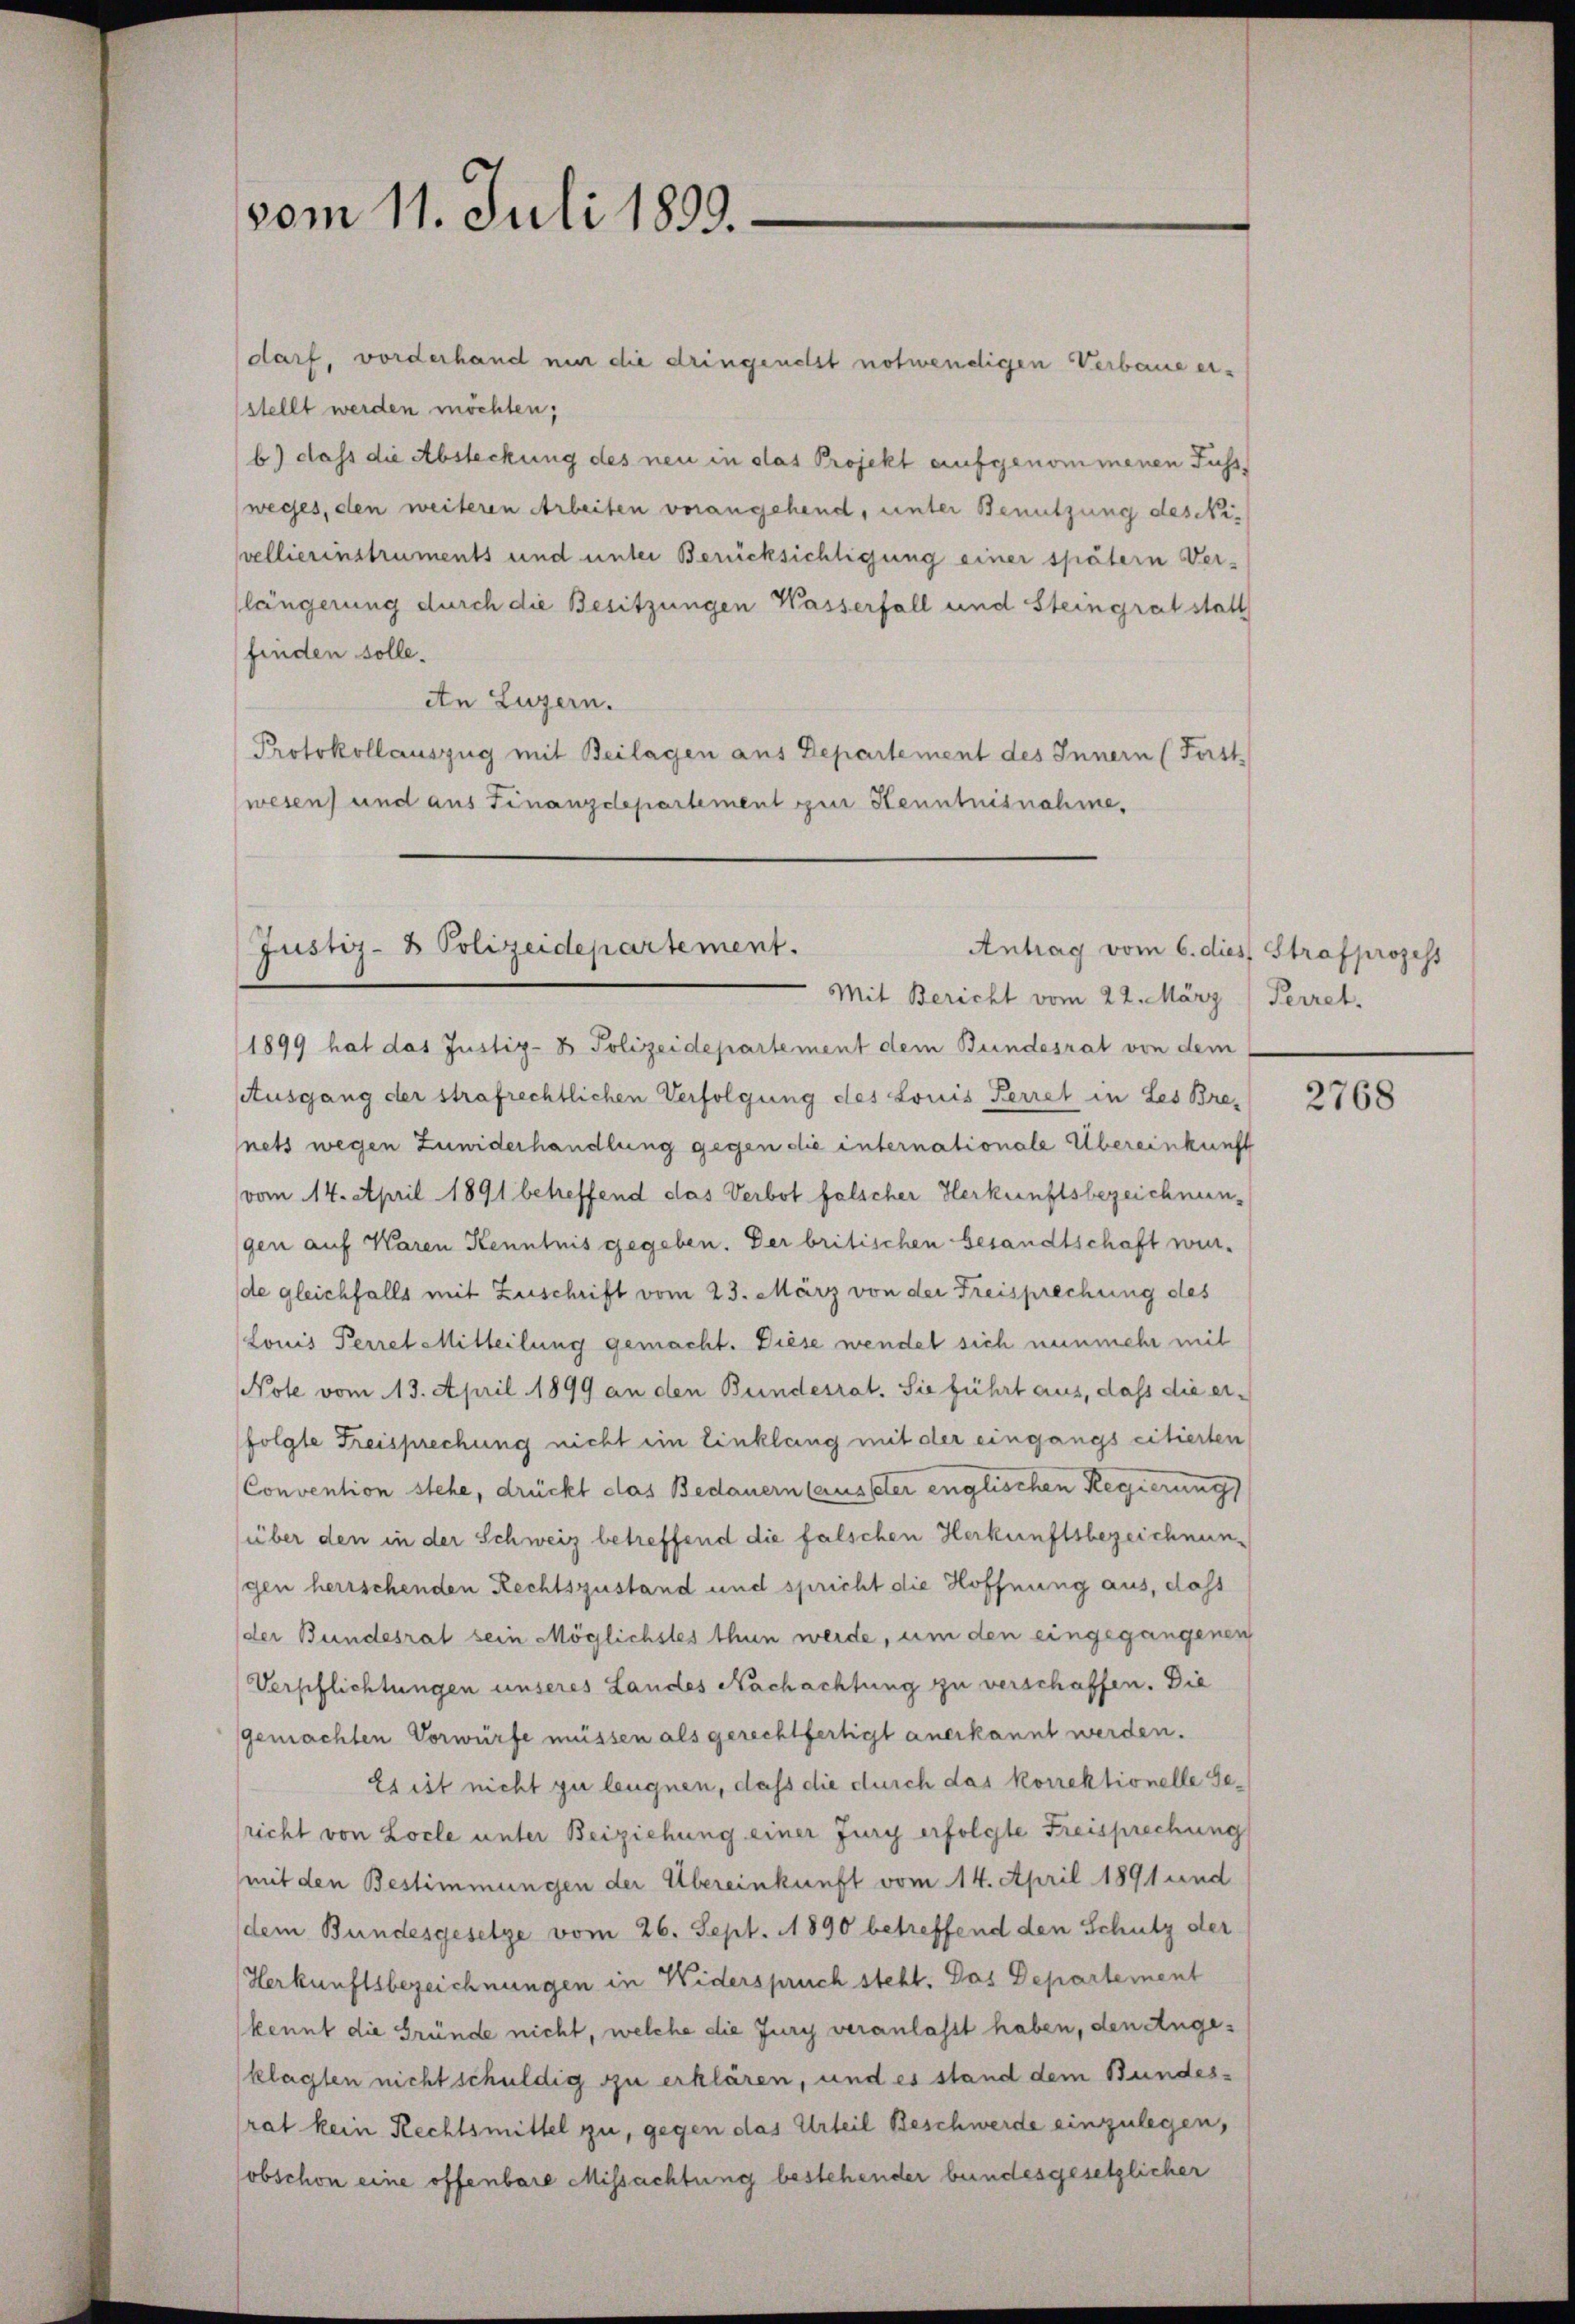
vom 11. Juli 1899.

darf, vorderhand nur die dringenelst notwendigen Verbaue er-
sstellt werden möchten;
b) dass die Absteckung des neu in das Projekt aufgenommenen Fussweges, den weiteren Arbeiten verangehend, unter Benutzung des Nivellierinstruments und unter Berücksichtigung einer spätern Verlängerung durch die Besitzungen Wasserfall und Steingrat statt
finden solle.
An Luzern.
Protokollauszug mit Beilagen aus Departement des Innern (Fortt
wesen und aus Finanzdepartement zur Kenntnisnahme,
1899 hat das Justiz- & Polizeidepartement dem Bundesrat von dem
Ausgang der strafrechtlichen Verfolgung des Louis Perret in Les Brenets wegen Zuwiderhandlung gegen die internationale Übereinkunft
vom 14. April 1891 betreffend das Verbot falscher Herkunftsbezeichnungen auf Waren Kenntnis gegeben. Der britischen Gesandtschaft wurde gleichfalls mit Zuschrift vom 23. März von der Freisprechung des
Louis Perret Mitteilung gemacht. Diese wendet sich nunmehr mit
Note vom 13. April 1899 an den Bundesrat. Sie führt aus, daß die erfolgte Freisprechung nicht ein Einklang mit der eingangs citierten
Convention stehe, drückt das Bedauern (ausser englischen Regierung
über den in der Schweiz betreffend die falschen Herkunftsbezeichnungen herrschenden Rechtszustand und spricht die Hoffnung aus, dass
der Bundesrat sein Möglichstes thun werde, um den eingegangenen
Verschlichtungen unseres Landes Nachachtung zu verschaffen. Die
gemachten Vorwürfe müssen als gerechtfertigt anerkannt werden.
Es ist nicht zu leugnen, daß die durch das korrektionelle Gericht von Locle unter Beiziehung einer Jury erfolgte Freisprechung
mit den Bestimmungen der Übereinkunft vom 14. April 1891 und
dem Bundesgesetze vom 26. Sept. 1890 betreffend den Schutz der
Herkunftsbezeichnungen in Widerspruch steht. Das Departement
kennt die Gründe nicht, welche die Jury veranlasst haben, den Angeklagten nicht schuldig zu erklären, und es stand dem Bundes-
rat kein Rechtsmittel zu, gegen das Urteil Beschwerde einzulegen,
obschon eine offenbare Missachtung bestehender bundesgesetzlicher

Justiz- & Polizeidepartement.
Antrag vom 6. dies Strafprozess

Mit Bericht vom 22. März / Perret,

2768